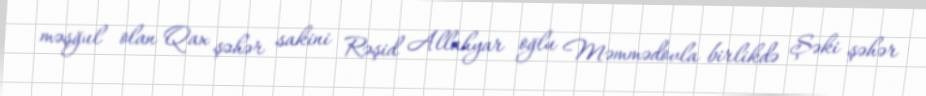
məşğul olan Qax şəhər sakini Rəşid Allahyar oğlu Məmmədovla birlikdə Şəki şəhər